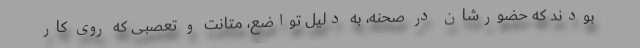
بودند که حضورشان در صحنه، به دلیل تواضع، متانت و تعصبی که روی کار